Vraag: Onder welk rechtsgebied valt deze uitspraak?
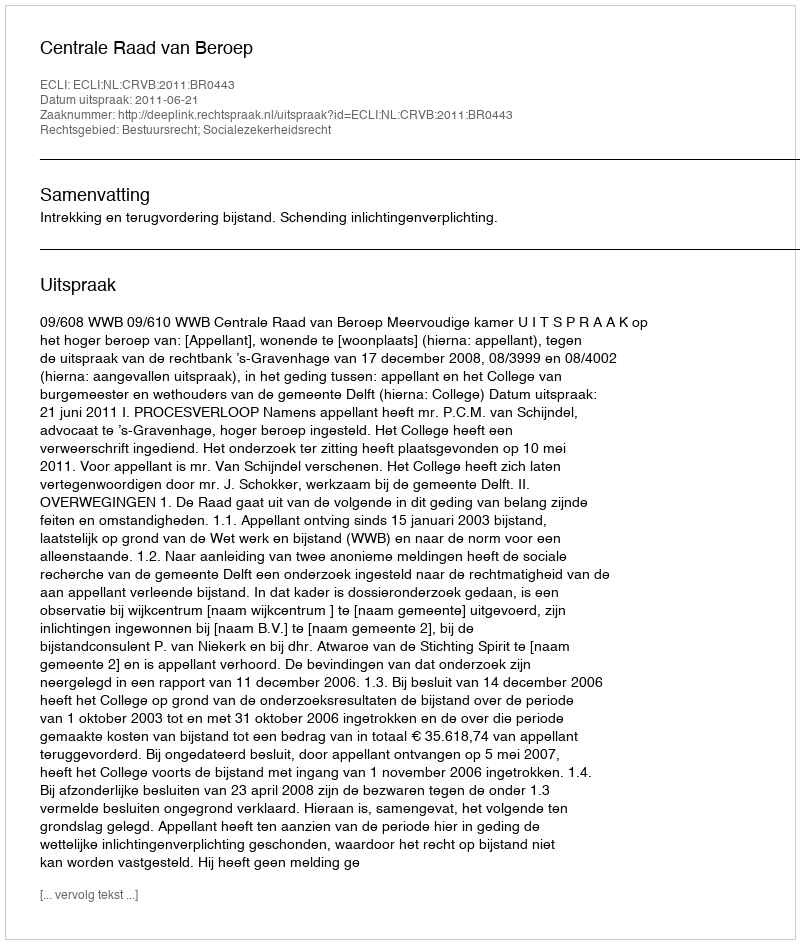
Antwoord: Bestuursrecht; Socialezekerheidsrecht